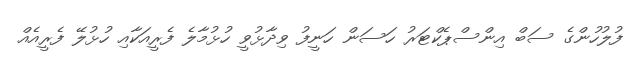
ފުލުހުންގެ ސަބް އިންސްޕެކްޓަރު ހަސަން ހަނީފު ވިދާޅުވީ ހުޅުމާލެ ފެރީއަކާއި ހުޅުލޭ ފެރީއެއް